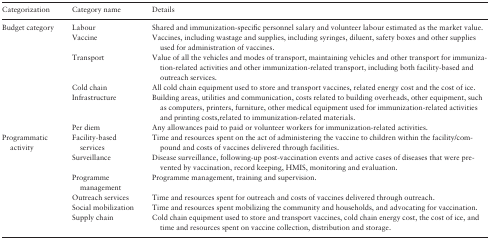
<table><thead><tr><td><b>Categorization</b></td><td><b>Category name</b></td><td><b>Details</b></td></tr></thead><tbody><tr><td rowspan="6">Budget category</td><td>Labour</td><td>Shared and immunization-specific personnel salary and volunteer labour estimated as the market value.</td></tr><tr><td>Vaccine</td><td>Vaccines, including wastage and supplies, including syringes, diluent, safety boxes and other supplies used for administration of vaccines.</td></tr><tr><td>Transport</td><td>Value of all the vehicles and modes of transport, maintaining vehicles and other transport for immunization-related activities and other immunization-related transport, including both facility-based and outreach services.</td></tr><tr><td>Cold chain</td><td>All cold chain equipment used to store and transport vaccines, related energy cost and the cost of ice.</td></tr><tr><td>Infrastructure</td><td>Building areas, utilities and communication, costs related to building overheads, other equipment, such as computers, printers, furniture, other medical equipment used for immunization-related activities and printing costs,related to immunization-related materials.</td></tr><tr><td>Per diem</td><td>Any allowances paid to paid or volunteer workers for immunization-related activities.</td></tr><tr><td rowspan="6">Programmatic activity</td><td>Facility-based services</td><td>Time and resources spent on the act of administering the vaccine to children within the facility/compound and costs of vaccines delivered through facilities.</td></tr><tr><td>Surveillance</td><td>Disease surveillance, following-up post-vaccination events and active cases of diseases that were prevented by vaccination, record keeping, HMIS, monitoring and evaluation.</td></tr><tr><td>Programme management</td><td>Programme management, training and supervision.</td></tr><tr><td>Outreach services</td><td>Time and resources spent for outreach and costs of vaccines delivered through outreach.</td></tr><tr><td>Social mobilization</td><td>Time and resources spent mobilizing the community and households, and advocating for vaccination.</td></tr><tr><td>Supply chain</td><td>Cold chain equipment used to store and transport vaccines, cold chain energy cost, the cost of ice, and time and resources spent on vaccine collection, distribution and storage.</td></tr></tbody></table>